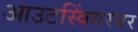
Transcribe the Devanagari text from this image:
आउटस्विंगरवर